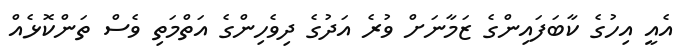
އެއީ އިހުގެ ކާބަފައިންގެ ޒަމާނަށް ވުރެ އަދުގެ ދިވެހިންގެ އަތްމަތި ވެސް ތަންކޮޅެއް